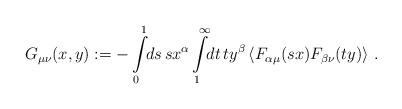
LaTeX: \begin{align*}G_{\mu\nu}(x,y) := -\int\limits^1_0 \!\! ds \, s x^\alpha \int\limits^\infty_1 \!\! dt \, t y^\beta\left\langle F_{\alpha\mu}(sx) F_{\beta\nu}(ty) \right\rangle \,.\end{align*}